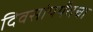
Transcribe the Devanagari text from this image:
दिवसांपर्यंतचा